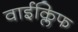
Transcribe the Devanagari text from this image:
वाईक्लिफ